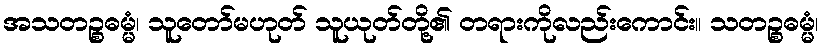
အသတဉ္စဓမ္မံ၊ သူတော်မဟုတ် သူယုတ်တို့၏ တရားကိုလည်းကောင်း။ သတဉ္စဓမ္မံ၊